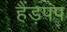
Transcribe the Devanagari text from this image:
हैंड़पंप